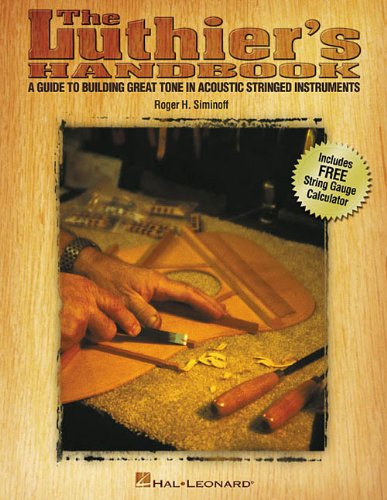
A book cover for The Luthier's Handbook: A Guide to Building Great Tone in Acoustic Stringed Instruments; Roger H. Siminoff; Arts & Photography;